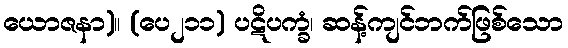
ယောဇနာ)။ (ပေ၂၁၁) ပဋိပက္ခံ၊ ဆန့်ကျင်ဘက်ဖြစ်သော